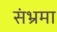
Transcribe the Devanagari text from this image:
संभ्रमा